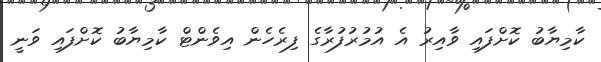
ކާމިޔާބު ކޮށްފައި ވާއިރު އެ އުމުރުފުރާގެ ފިރެހެން އިވެންޓް ކާމިޔާބު ކޮށްފައި ވަނީ